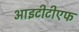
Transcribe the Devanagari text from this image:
आइटीटीएफ